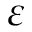
\varepsilon